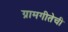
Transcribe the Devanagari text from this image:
ग्रामगीतेची